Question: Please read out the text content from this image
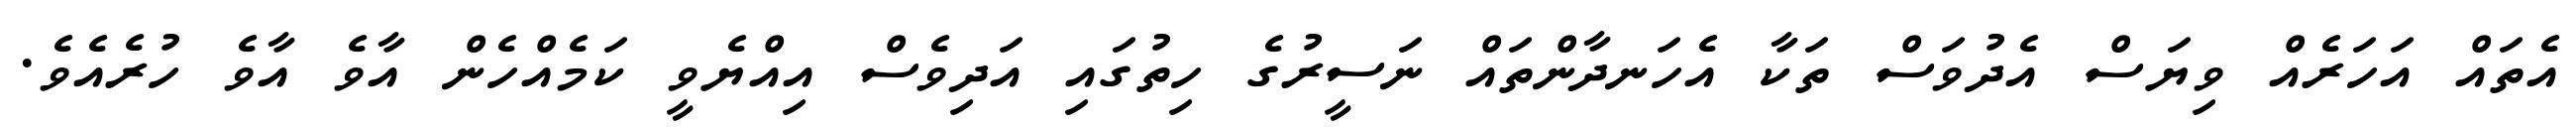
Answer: އެތައް އަހަރެއް ވިޔަސް އެދުވަސް ތަކާ އެހަނދާންތައް ނަސީރުގެ ހިތުގައި އަދިވެސް އިއްޔެވީ ކަމެއްހެން އާވެ އާވެ ހުރެއެވެ.